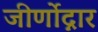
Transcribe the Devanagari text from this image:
जीर्णोद्नार